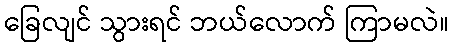
ခြေလျင် သွားရင် ဘယ်လောက် ကြာမလဲ။